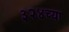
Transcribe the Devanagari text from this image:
३२४च्या